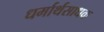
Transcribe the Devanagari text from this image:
धर्मार्थसाधक